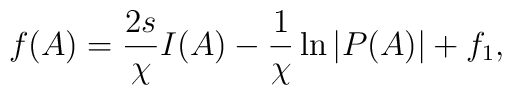
f(A)=\frac{2s}{\chi}I(A)-\frac{1}{\chi}\ln{|P(A)|}+f_1 ,